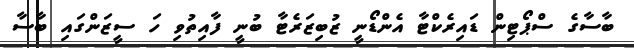
ބާސާގެ ސްޕޯޓިން ޑައިރެކްޓާ އެންޑޯނީ ޒުބިޒަރެޓާ ބުނީ ފާއިތުވި ހަ ސީޒަންގައި ބާސާ